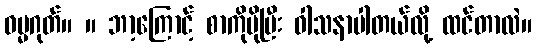
ဓမ္မဂုတ်။ ။ ဘာ့ကြောင့် စာကိုပိုပြီး ဝါသနာပါတယ်လို့ ထင်တာလဲ။